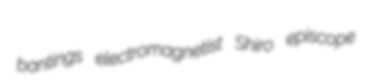
bantings electromagnetist Shiro episcope